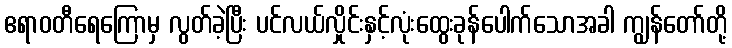
ဧရာဝတီရေကြောမှ လွတ်ခဲ့ပြီး ပင်လယ်လှိုင်းနှင့်လုံးထွေးခုန်ပေါက်သောအခါ ကျွန်တော်တို့